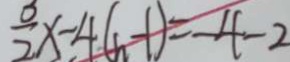
\frac { 3 } { 2 } x - 4 ( h - 1 ) = - 4 - 2